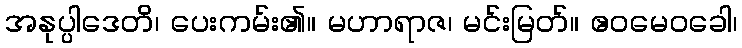
အနုပ္ပါဒေတိ၊ ပေးကမ်း၏။ မဟာရာဇ၊ မင်းမြတ်။ ဧဝမေဝခေါ၊